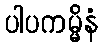
ပါပကမ္မိနံ